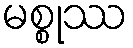
မစ္စုဿ